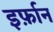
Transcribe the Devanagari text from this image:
इर्फ़ान